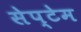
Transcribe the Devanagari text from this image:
सेप्टेम